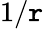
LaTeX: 1/\mathtt{r}